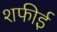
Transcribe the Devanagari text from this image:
शफीई